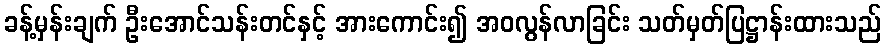
ခန့်မှန်းချက် ဦးအောင်သန်းတင်နှင့် အားကောင်း၍ အဝလွန်လာခြင်း သတ်မှတ်ပြဋ္ဌာန်းထားသည်